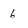
Character: 6